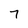
Character: 7